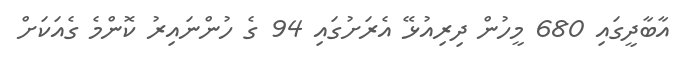
އާބާދީގައި 680 މީހުން ދިރިއުޅޭ އެރަށުގައި 94 ގެ ހުންނައިރު ކޮންމެ ގެއަކަށް